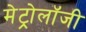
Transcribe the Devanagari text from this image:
मेट्रोलॉजी